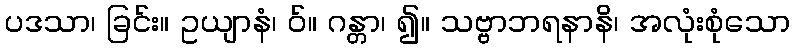
ပဒသာ၊ ခြင်း။ ဥယျာနံ၊ ဝ်။ ဂန္တာ၊ ၍။ သဗ္ဗာဘရနာနိ၊ အလုံးစုံသော